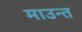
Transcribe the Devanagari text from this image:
माउन्त